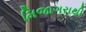
મિજાગરાથી